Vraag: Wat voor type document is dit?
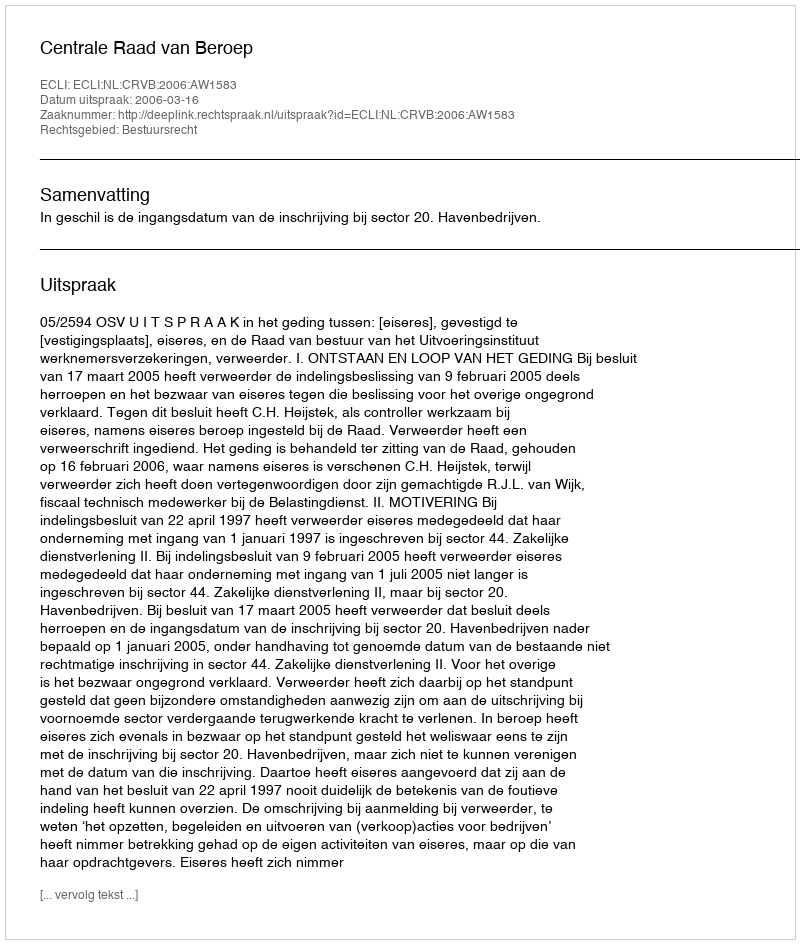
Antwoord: Uitspraak